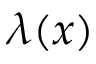
\lambda ( x )